Annual report on the lock hospitals of the Madras Presidency
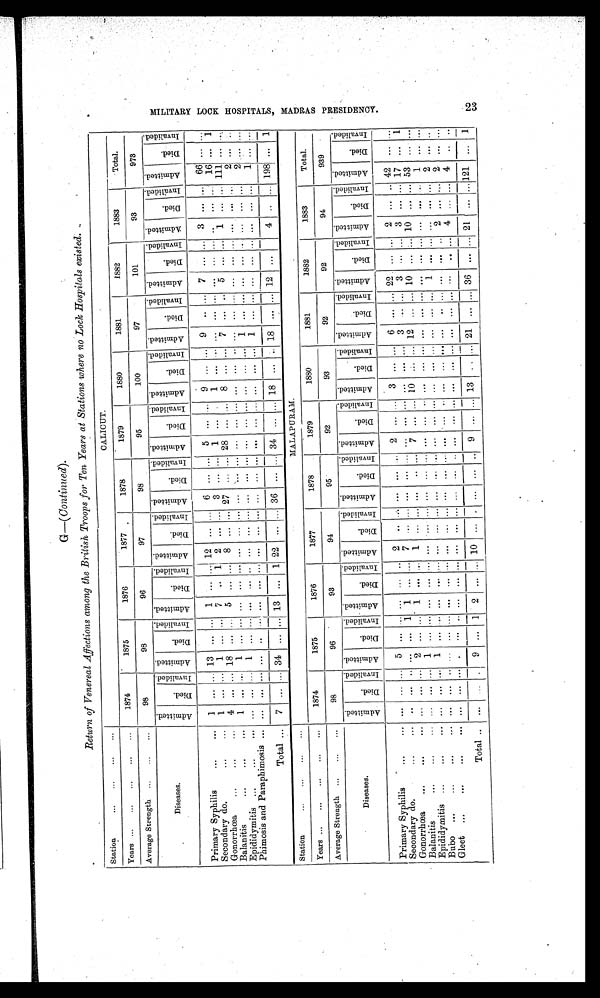
G-(Continued).
Return of Venereal Affections among the British Troops .for Ten Years at Stations where no Lock Hospitals existed.
Station
... ... ... ...
CALICUT.
Years ... ... ... ... ...
1874
1875
1876
1877
1878
1879
1880
1881
1882
1883
Total.
Average Strength ... ... ...
98
98
96
97
98
95
100
97
101
93
973
Diseases.
A d m i t t e d .
Di e d .
I n v a l i d e d . A d m i t t e d .
D i e d .
I n v a l i d e d . A d m i t t e d .
Di e d .
I n v a l i d e d .
A d m i t t e d .
D i e d .
I n v a l i d e d . A d m i t t e d .
D i e d .
I n v a l i d e d . Ad mi t t e d .
D i e d .
I n v a l i d e d . A d m i t t e d .
D i e d .
I n v a l i d e d . A d m i t t e d .
D i e d .
I n v a l i d e d . A d m i t t e d .
Di ed.
I n v a l i d e d . Ad mi t t e d .
D i e d .
I n v a l i d e d . A d m i t t e d .
D i e d .
I n v a l i d e d .
Primary Syphilis
...
... 1 ... .. 13 ... ... 1
... ...
12
... ...
6 ... ... 5 ... ... 9 ... ... 9 .. ... 7 ... ... 3 ... ... 66 ... ...
Secondary do.
1 ... ... 1
...
... 7 .. 1 2 ... ... 3 ... ... 1 ...
1 ...
... ... ... ... ... ... . . .
...
...
16 ... 1
Gonorrhœa ...
...
... 4 ... ... 18 ...
...
5 ... ... 8 ... ... 27 ... ... 28
... ...
8 ... ... 7 ... .. 5 ... ... 1 ... ... 111 ... ...
Balanitis
...
...
...
1
... ...
1
... ... ... ... ... ... ... ... ... ... ... ... ... ... ... ... ... ... ... ... ... ... ... ... ... ...
2
... ...
Epididymitis ...
...
... ... ... ... 1
... ... ... ... ... ... ... ... ... ... ... ... ... ... ... ... ...
1 ... ... ... ...
... ...
... ... 2
... ...
Phimosis and Paraphimosis ... ... ... ... ... ..
... ... ... ... ... ... ... ... ... ... ... ... ... ... ... ...
1
... ... ... ... ... ... ... ...
1
... ...
Total ... 7 ... ... 34 ... ... 13 ... 1 22 ... ... 36 ... ... 34 ... ... 18 ... .. 18 ... ... 12
. . .
4 . . . ... 198 ... 1
Station...
...
... ...
MALAPURAM.
Years ... ... ... ... ...
1874
1875
1876
1877
1878
1879
1880
1881
1882
1883
Total.
Average Strength ... ... ...
98
96
93
94
95
92
93
92
92
94
939
Diseases.
A d m i t t e d .
D i e d .
I n v a l i d e d . A d m i t t e d .
D i e d .
I n v a l i d e d . A d m i t t e d .
Di e d .
I n v a l i d e d . A d m i t t e d .
D i e d .
I n v a l i d e d .
A d m i t t e d .
D i e d .
I n v a l i d e d . Ad mi t t e d .
D i e d .
I n v a l i d e d . A d m i t t e d .
D i e d .
I n v a l i d e d . A d m i t t e d .
D i e d .
I n v a l i d e d . A d m i t t e d .
Di ed.
I n v a l i d e d . A d m i t t e d .
Di e d .
I n v a l i d e d . A d m i t t e d .
D i e d .
I n v a l i d e d .
Primary Syphilis
...
... ... ...
5 ...
...
... ... .. 2
... ... ... ... ...
2
... ...
3
... ...
6
... ...
2 2
... ...
2
... ...
4 2
... ...
Secondary do.
... ... ... ... ...
1 1 ... ... 7
... ... ... ... ... ... ... ... ... ... ...
3
...
... 3 ... ... 3 ... ... 17 ... 1
Gonorrhœa
...
...
... ... ... ... 2 ... .... 1 ... ... 1 ... ... ... .. ... 7 ... ... 10
...
... 12 ... ... 10 ... .. 10 ... ... 53
... ...
Balanitis
...
...
... ... ...
1 ... ... ... ... ... ...
... ... ... ... ... ... ... ... ... ... ... ... ... ... ... ... ... ... ... ...
1
... ...
Epididymitis ...
... ... ...
1 ... ... ... ... ... ... ... ...... ... ......
. . . . . . ... ... ... ... ... ... 1 ... ... ... ... ... 2 ... ..
Bubo ...
...
...
... ... ... ...... ... ... ... ... ... ... ...... ... ......
. . . . . . ... ... ... ... ... ...... ... ... 2 ... ... 2
. . . ...
Gleet ...
...
... ... ... ... ... .. ... ... ... ... ... ... ... ... ......
. . . . . . ... ... ... ... ... ......
... ... 4 ... ... 4
. . . ...
Total .. ... .. ... 9 ...
1
2 ... ...
1 0
... ... ... ... .. 9 ... ... 13 .. ... 21 ... ... 36 ... ... 21 ... ... 121 ... 1
M I L I T A R Y L O C K H O S P I T A L S , M A D R A S P R E S I D E N C Y .
23